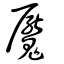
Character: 魘